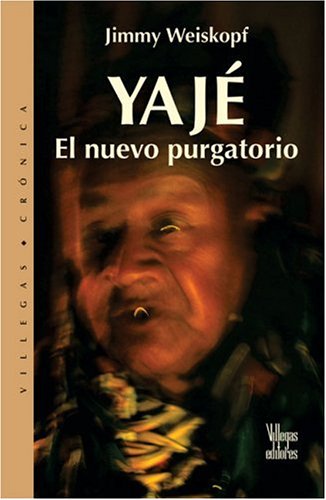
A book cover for Yaje: El nuevo purgatorio (Villegas Cronica series); Jimmy Weiskopf; Medical Books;